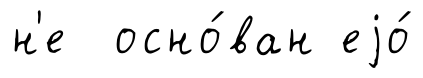
н'е осно́ван еjо́